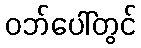
ဝဘ်ပေါ်တွင်